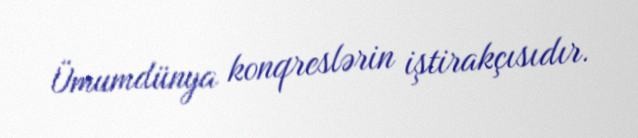
Ümumdünya konqreslərin iştirakçısıdır.